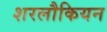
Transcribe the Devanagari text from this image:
शरलौकियन